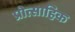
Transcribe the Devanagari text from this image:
प्रोत्साहिक